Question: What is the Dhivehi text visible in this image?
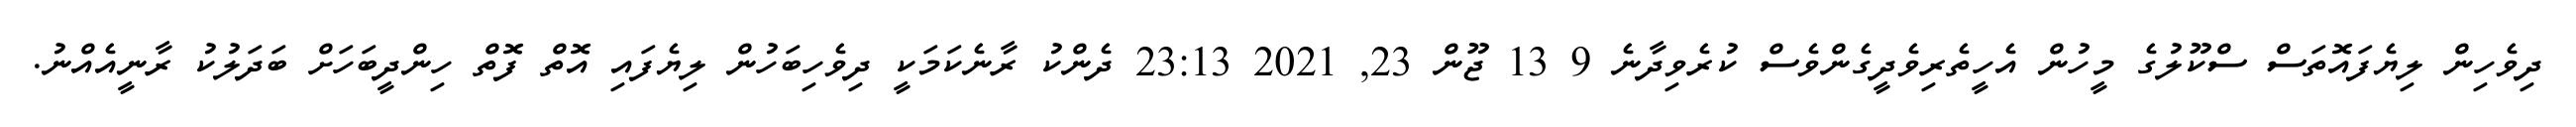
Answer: ދިވެހިން ލިޔެފައޮތަސް ސްކޫލުގެ މީހުން އެހީތެރިވެދީގެންވެސް ކުރެވިދާނެ 9 13 ޖޫން 23, 2021 23:13 ދެންކު ރާނެކަމަކީ ދިވެހިބަހުން ލިޔެފައި އޮތް ފޮތް ހިންދީބަހަށް ބަދަލުކު ރާނީއެއްނު.